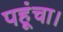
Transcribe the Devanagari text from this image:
पहूंचा।